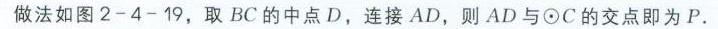
做法如图2 - 4 - 19，取 \(BC\) 的中点 \(D\)，连接 \(AD\)，则 \(AD\) 与\(\odot C\)的交点即为 \(P\).